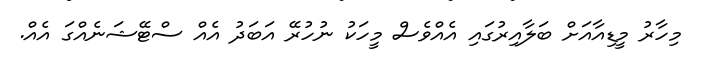
މިހާރު މީޑިއާއަށް ބަލާއިރުގައި އެއްވެސް މީހަކު ނުހުރޭ އަބަދު އެއް ސްޓޭޝަނެއްގަ އެއް.